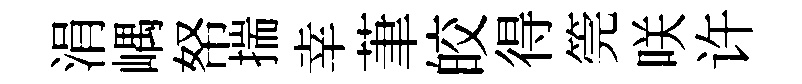
涓嵎帑揣幸茟皎得筦咲许